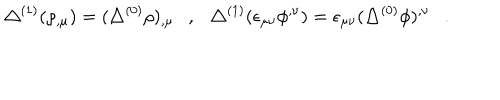
LaTeX: \triangle ^ { ( 1 ) } ( \rho _ { , \mu } ) = ( \triangle ^ { ( 0 ) } \rho ) _ { , \mu } , \triangle ^ { ( 1 ) } ( \epsilon _ { \mu \nu } \phi ^ { , \nu } ) = \epsilon _ { \mu \nu } ( \triangle ^ { ( 0 ) } \phi ) ^ { , \nu } .